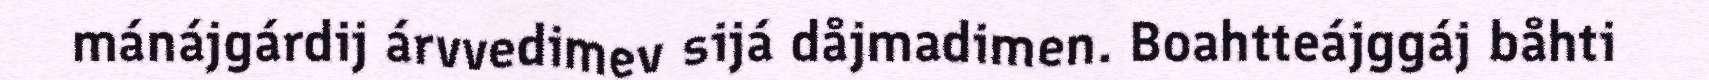
mánájgárdij árvvedimev sijá dåjmadimen. Boahtteájggáj båhti